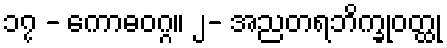
၁၇ - ကောဓဝဂ္ဂ။ ၂- အညတရဘိက္ခုဝတ္ထု